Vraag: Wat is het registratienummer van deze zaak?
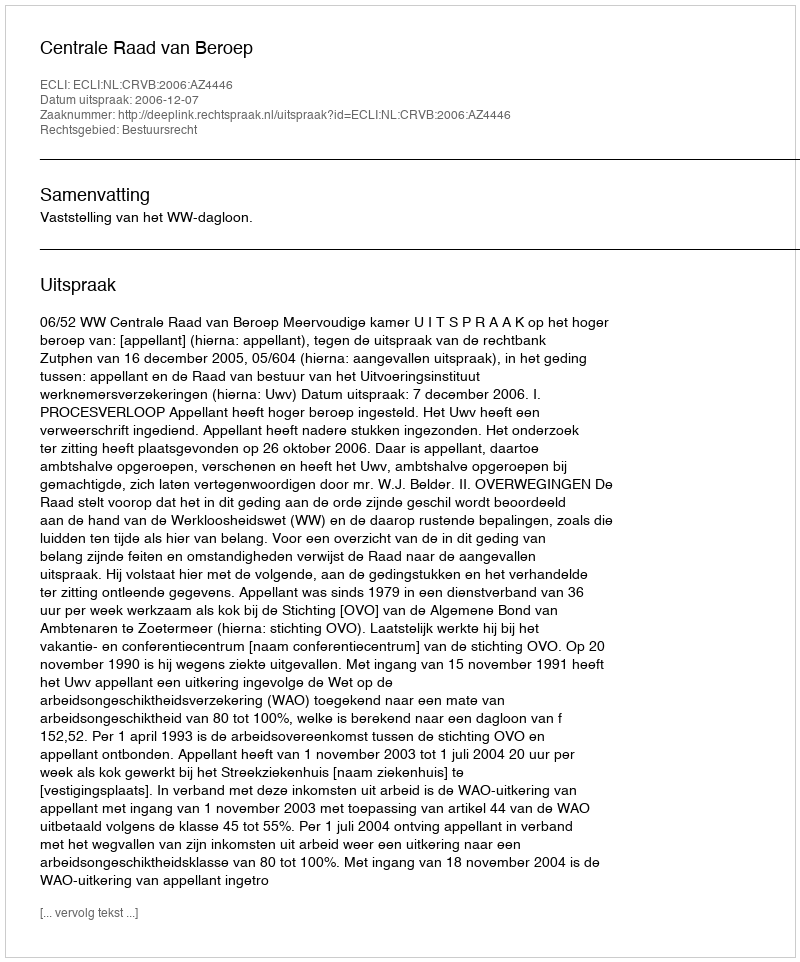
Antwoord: http://deeplink.rechtspraak.nl/uitspraak?id=ECLI:NL:CRVB:2006:AZ4446